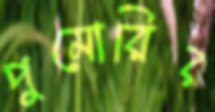
পুমোরির